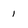
Character: i